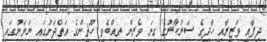
ދިފާއީ ވަޒީރާއި ހާދީގެ ސަރުކާރުގެ ގިނަ ވެރިން ތިއްބެވީ ހޫޘީންގެ އަތްދަށުގައި ޔަމަނުގައި